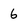
Character: 6